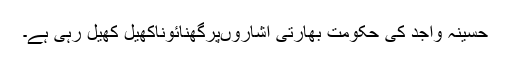
حسینہ واجد کی حکومت بھارتی اشاروںپرگھنائوناکھیل کھیل رہی ہے۔